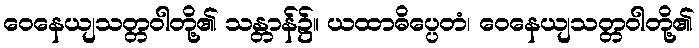
ဝေနေယျသတ္တဝါတို့၏ သန္တာန်၌။ ယထာဓိပ္ပေတံ၊ ဝေနေယျသတ္တဝါတို့၏